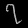
Digit: ၇